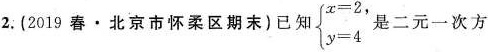
2.(2019春·北京市怀柔区期末)已知$$\begin{cases} x=2\\ y=4 \end{cases}$$是二元一次方